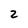
Character: 2